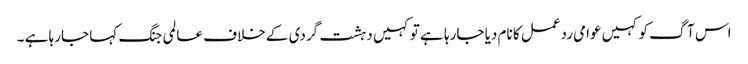
اس آگ کو کہیں عوامی ردعمل کا نام دیا جارہا ہے تو کہیں دہشت گردی کے خلاف عالمی جنگ کہا جارہا ہے ۔